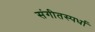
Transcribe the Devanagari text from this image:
संगीतस्पर्धा